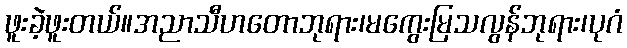
ဖူးခဲ့ဖူးတယ်။အညာသီဟတောဘုရား၊မကွေးမြသလွန်ဘုရား၊ပုဂံ